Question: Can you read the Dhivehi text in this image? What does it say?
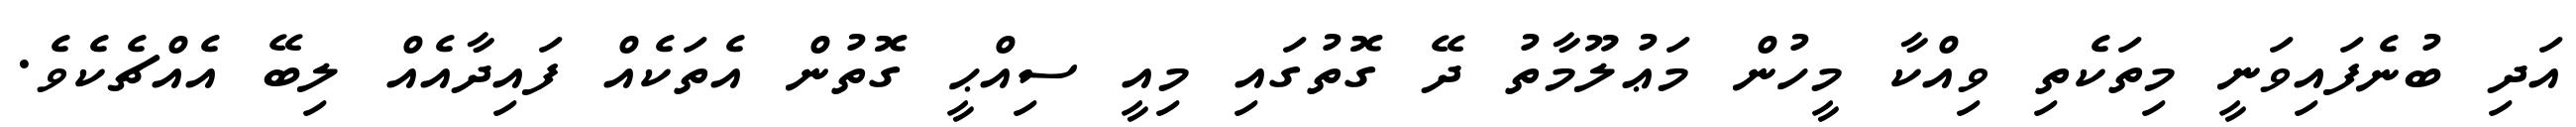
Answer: އަދި ބުނެފައިވަނީ މިތަކެތި ވިއްކާ މީހުން މަޢުލޫމާތު ދޭ ގޮތުގައި މިއީ ސިއްޙީ ގޮތުން އެތަކެއް ފައިދާއެއް ލިބޭ އެއްޗެކެވެ.